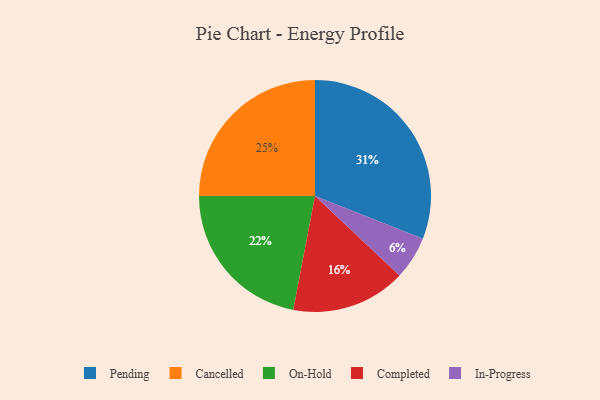
{"axis": {"x": "Category", "y": "Percentage"}, "legend": ["Cancelled", "Completed", "In-Progress", "On-Hold", "Pending"], "data": [{"x": "Pending", "y": 31, "type": "Pending"}, {"x": "Completed", "y": 16, "type": "Completed"}, {"x": "In-Progress", "y": 6, "type": "In-Progress"}, {"x": "Cancelled", "y": 25, "type": "Cancelled"}, {"x": "On-Hold", "y": 22, "type": "On-Hold"}]}